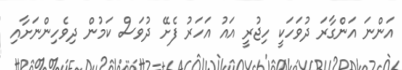
އަންނަ އަންގާރަ ދުވަހަކީ ހިޖުރީ އައު އަހަރު ފެށޭ ދުވަސް ކަމުން ދިވެހިންނަށާއި